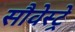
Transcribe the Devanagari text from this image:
सौवेस्ट्रे